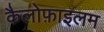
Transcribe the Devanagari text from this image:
कैलोफ़ाइलम